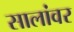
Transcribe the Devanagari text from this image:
सालांवर